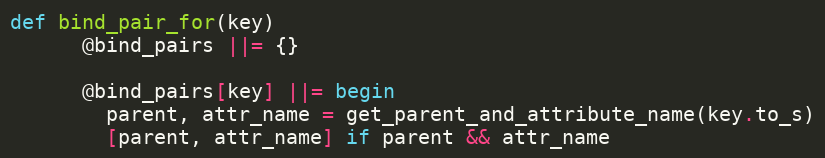
Language: Ruby
def bind_pair_for(key)
      @bind_pairs ||= {}

      @bind_pairs[key] ||= begin
        parent, attr_name = get_parent_and_attribute_name(key.to_s)
        [parent, attr_name] if parent && attr_name